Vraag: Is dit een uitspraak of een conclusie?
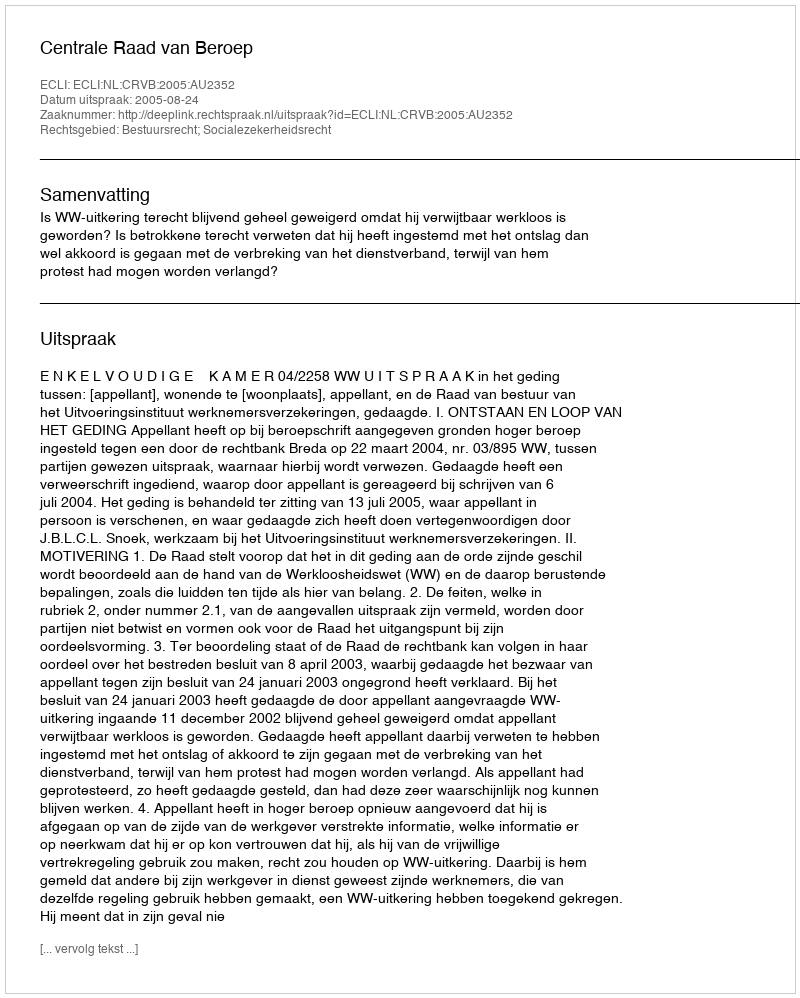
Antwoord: Uitspraak